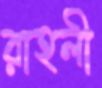
রাহলী